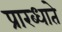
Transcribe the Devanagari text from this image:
प्रारब्धाते